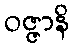
ဝဇ္ဇာနိ